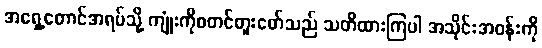
အရှေ့တောင်အရပ်သို့ ကျုံးကိုစတင်တူးဖော်သည် သတိထားကြပါ အသိုင်းအဝန်းကို